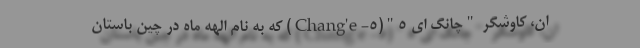
ان، کاوشگر "چانگ ای ۵"(Chang'e-۵) که به نام الهه ماه در چین باستان